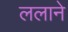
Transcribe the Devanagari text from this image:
ललाने